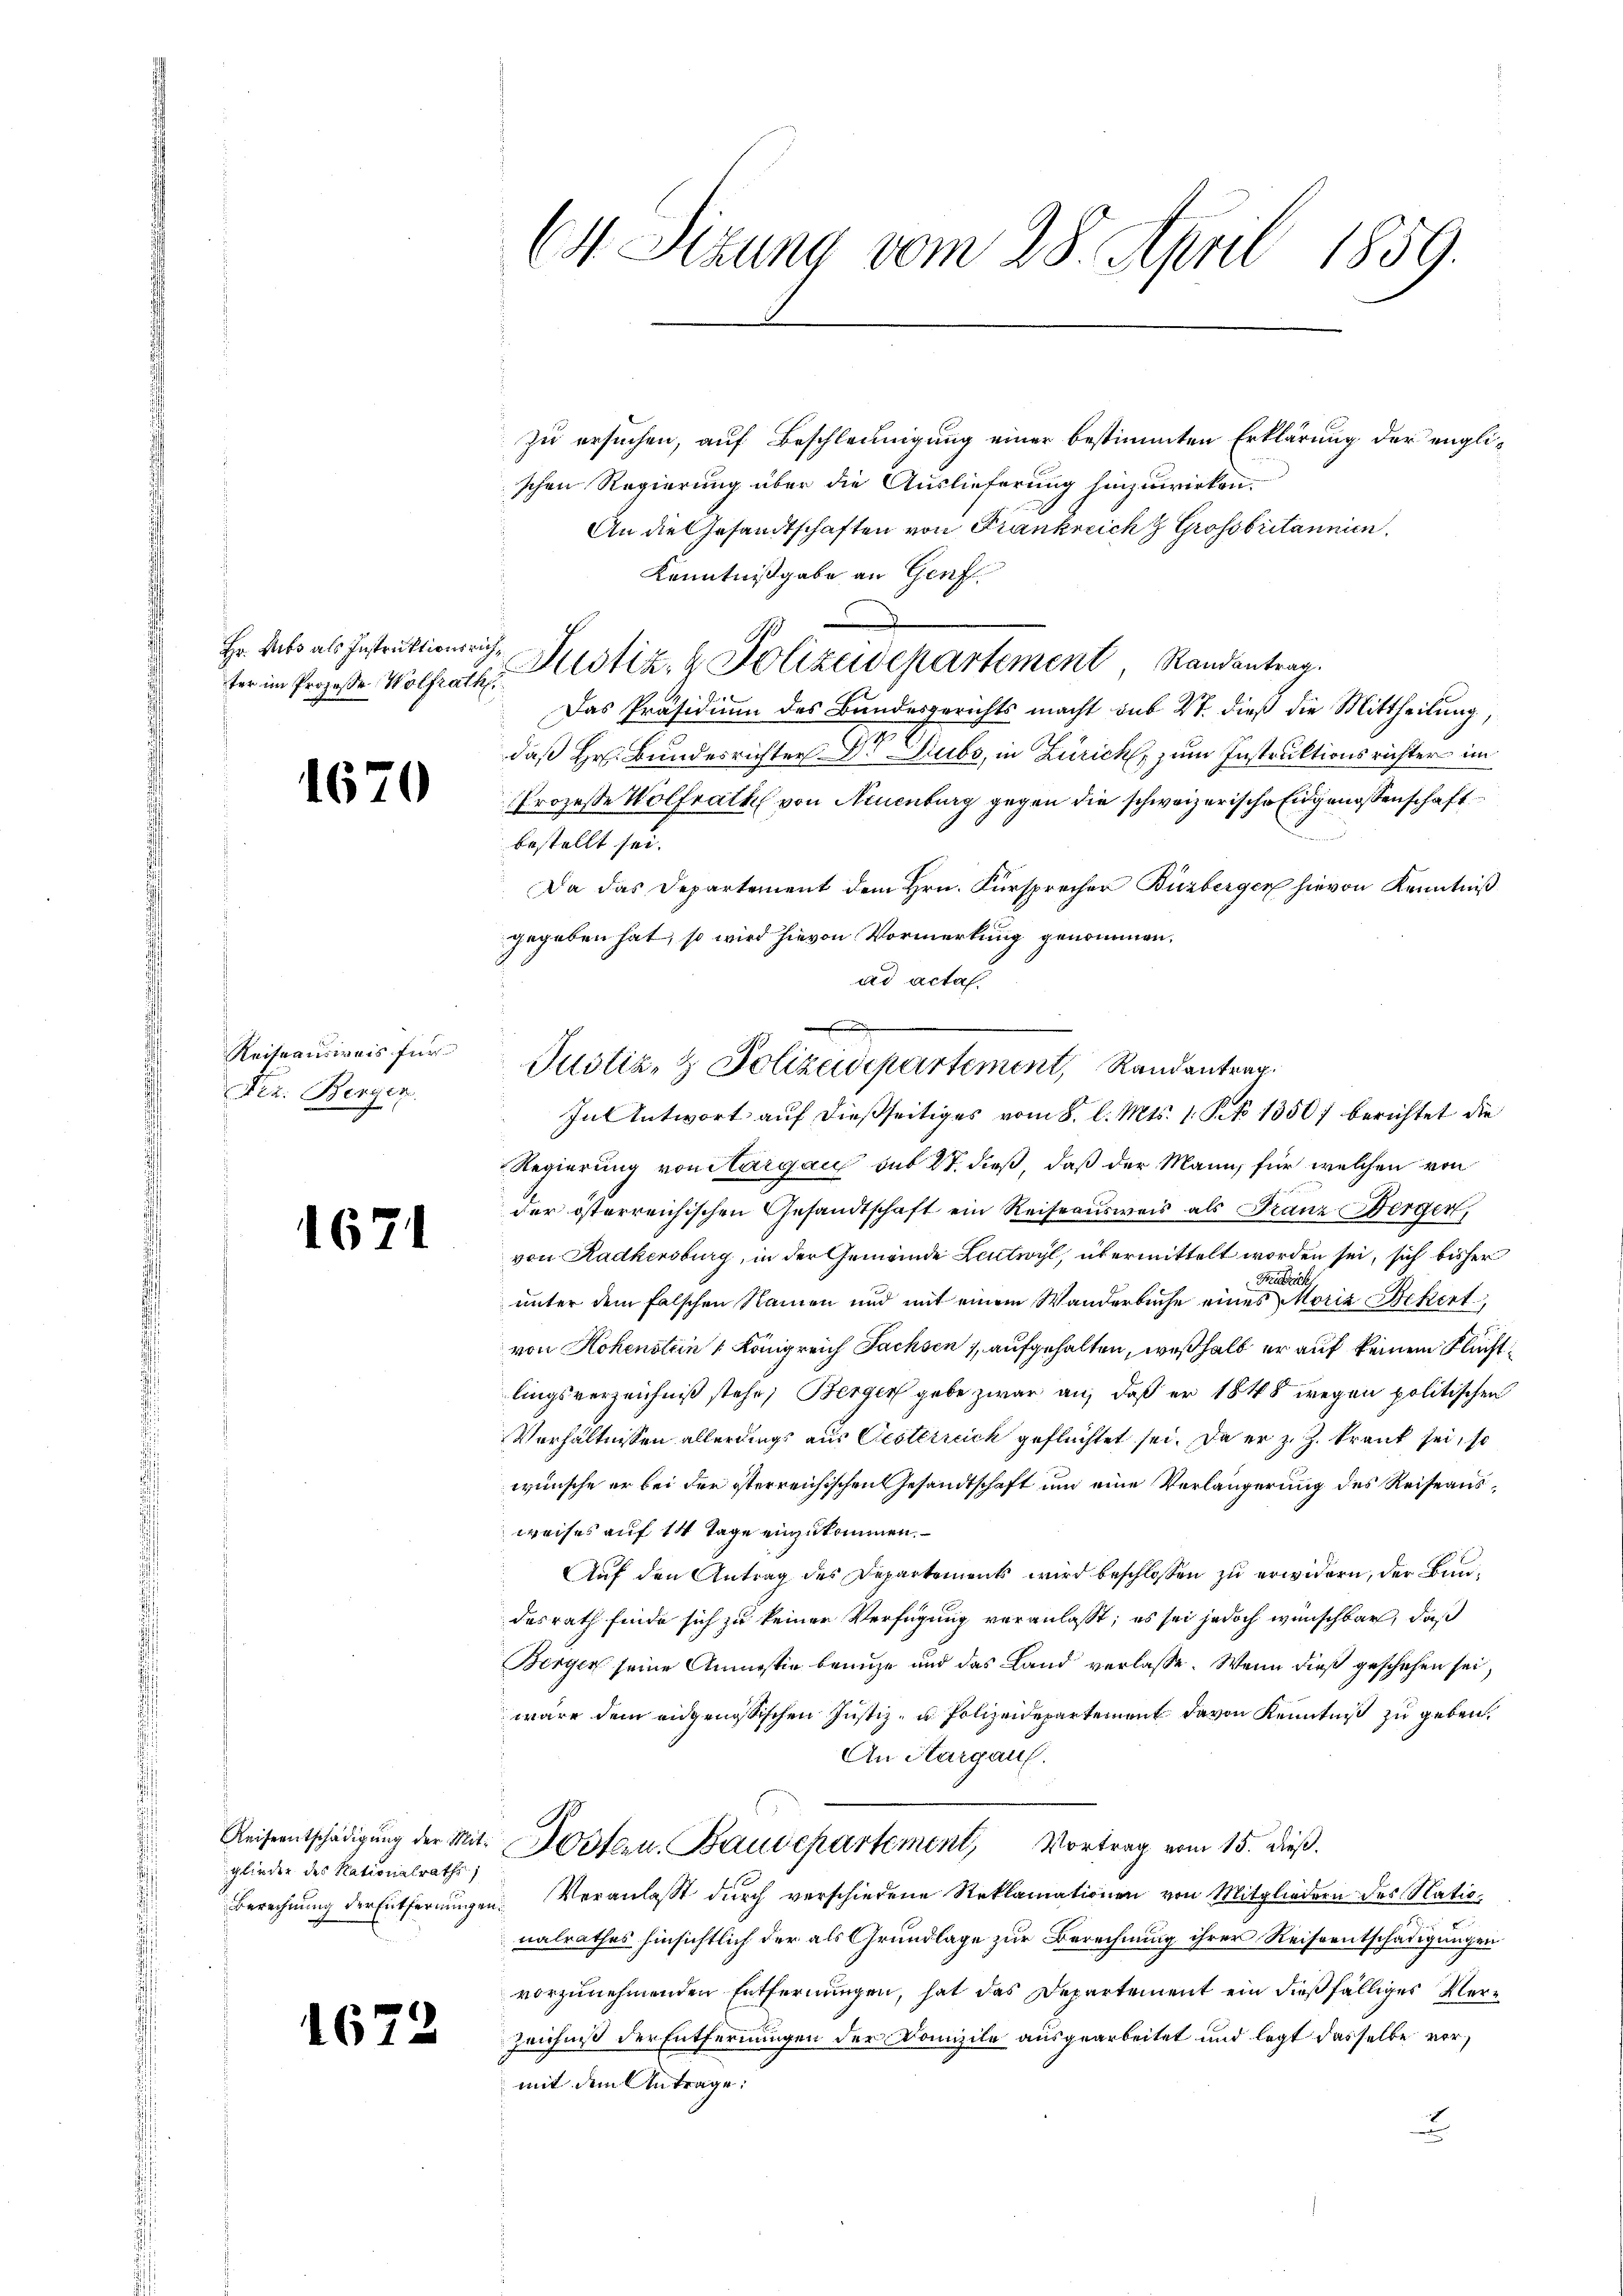
ter im Prozesse Wolfrath

16

¬

Reitausweis für
Der. Berger

1671

glieden des Nationalraths,

1672

C4 Sizung vom 28. April 1859.

zu ersuchen, auf Beschleunigung einer bestimmten Erklärung der englischen Regierung über die Auslieferung hinzuwirken.
An die Gesandtschaften von Frankreich & Grossbritannien.
Kenntnißgabe an Genf.
Hr. Rats als Instruktionsrich, Justiz- & Polizeidepartement, Randantrag.
Das Präsidium des Bundesgerichts macht sub 27. dieß die Mittheilung,
daß Hr. Bundesrichter Dr Subs, in Zürich, zum Instruktionsrichter im
Prozesse Wolfrath von Neuenburg gegen die schweizerische Eidgenossenschaft
bestellt sei.
Da das Departement dem Hrn. Fürsprecher Buzberger hievon Kenntniß
gegeben hat, so wird hievon Vormerkung genommen,
ad actas.
Regierung von Aargau sub 27. dieß, daß der Mann, für welchen von
der österreichischen Gesandtschaft ein Reiseausweis als Franz erger,
von Radkersburg, in der Gemeinde Leutwyl, übermittelt worden sei, sich bisher
Frieder
unter dem falschen Namen und mit einem Wanderbuche eines Moriz Bekent
von Hohenstein Königreich Fachsen & aufgehalten, weßhalb er auf keinem Fluchtlingsverzeichniß stehe; Berger gebe zwar an, daß er 1848 wegen politischen
Verhältnissen allerdings aus Oesterreich geflüchtet sei. Da er z. Z. krank sei, so
wünsche er bei der österreichischen Gesandtschaft und eine Verlängerung des Reiseausweises auf 14 Tage einzukommen.
Auf den Antrag des Departements wird beschlossen zu erwidern, der Bundesrath finde sich zu keiner Verfügung veranlasst, es sei jedoch wünschbar, daß
Berger seine Anmessig benuze und das Land verlasse. Wenn dieß geschehen sei.
wäre dem eidgenössischen Justiz- u. Polizeidepartement davon Kenntniß zu geben.
An Margau.
Reiseentschädigŭng der Mit Ustern. Baudepartement, Vortrag vom 15. dieß.
Berechnung der Entfernŭngen. Veranlaβt dŭrch verschiedene Reklamationen von Mitgliedern des Nationalrathes hinsichtlich der als Grundlage zur Berechnung ihrer Reiseentschädigungen
vorzunehmenden Entfernungen, hat das Departement ein dießfälliges Ver¬
Zeichniß der Entfernungen der Domizile ausgearbeitet und legt dasselbe vormit dem Antrage:
2

e
Justiz- & Polizeidepartement, Randantrag
In Antwort auf dießseitiges vom 8. l. Mts. 1. Peto 13507 berichtet die